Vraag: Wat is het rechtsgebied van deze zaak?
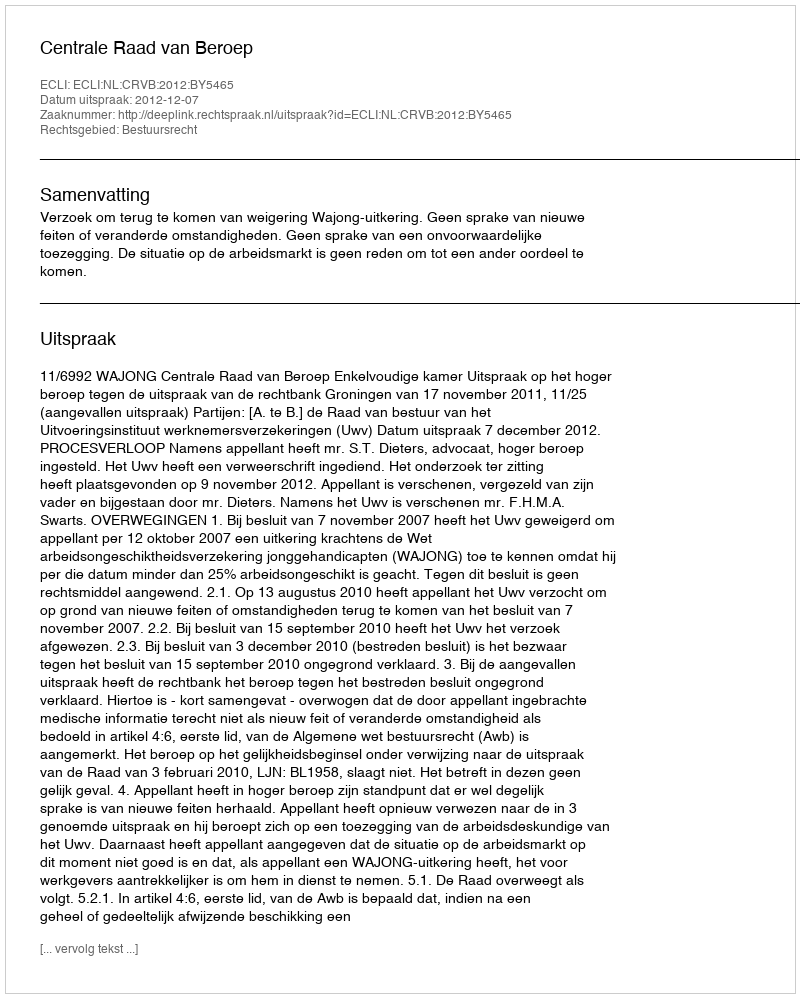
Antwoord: Bestuursrecht